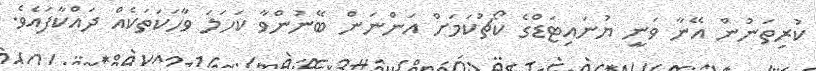
ކުރިތަނުން އޭނާ ވަނީ ޔުނައިޓަޑްގެ ކޯޗުކަމަށް އަންނަން ބޭނުންވާ ކަހަލަ ވާހަކަތަކެއް ދައްކާފައެވެ.